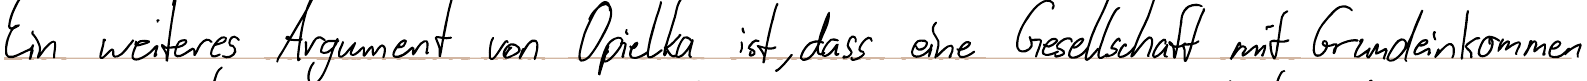
Ein weiteres Argument von Opielka ist, dass eine Gesellschaft mit Grundeinkommen